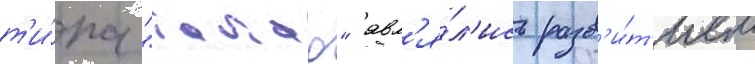
т'и́па "такао" явл'я́л'ись разв'и́т'ием